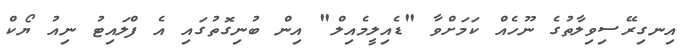
އިނގިރޭސިވިލާތުގެ ނޫހެއް ކަމަށްވާ "ޑެއިލީމެއިލް" އިން ބުނިގޮތުގައި އެ ފްލައިޓު ނިއު ޔޯކް